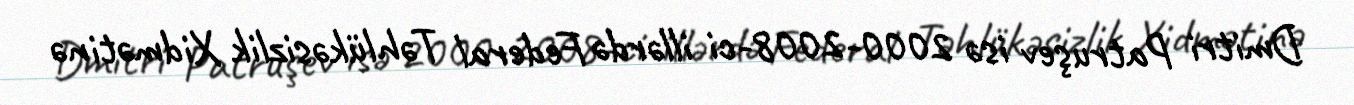
Dmitri Patruşev isə 2000-2008-ci illərdə Federal Təhlükəsizlik Xidmətinə